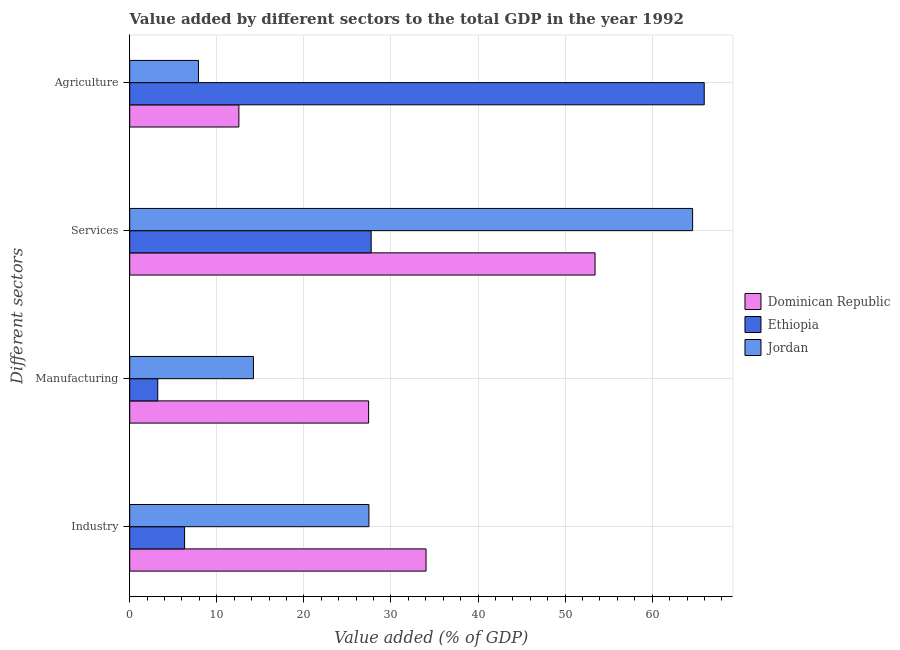
| Different sectors | Dominican Republic | Ethiopia | Jordan |
 | --- | --- | --- | --- |
 | Industry | 34 | 6.3 | 27.5 |
 | Manufacturing | 27.4 | 3.22 | 14.2 |
 | Services | 53.4 | 27.7 | 64.6 |
 | Agriculture | 12.5 | 66 | 7.89 |